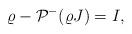
LaTeX: \begin{align*} \varrho-\mathcal{P}^{-}(\varrho J)=I,\end{align*}